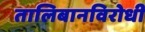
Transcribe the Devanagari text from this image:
तालिबानविरोधी